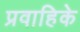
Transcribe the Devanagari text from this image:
प्रवाहिके